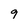
Character: 9